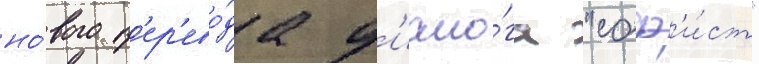
но́вого п'ер'ево́да д'иало́га "соф'и́ст"